King Institute of Preventive Medicine Micro-Biological Section reports 1912-19
Year: 1912
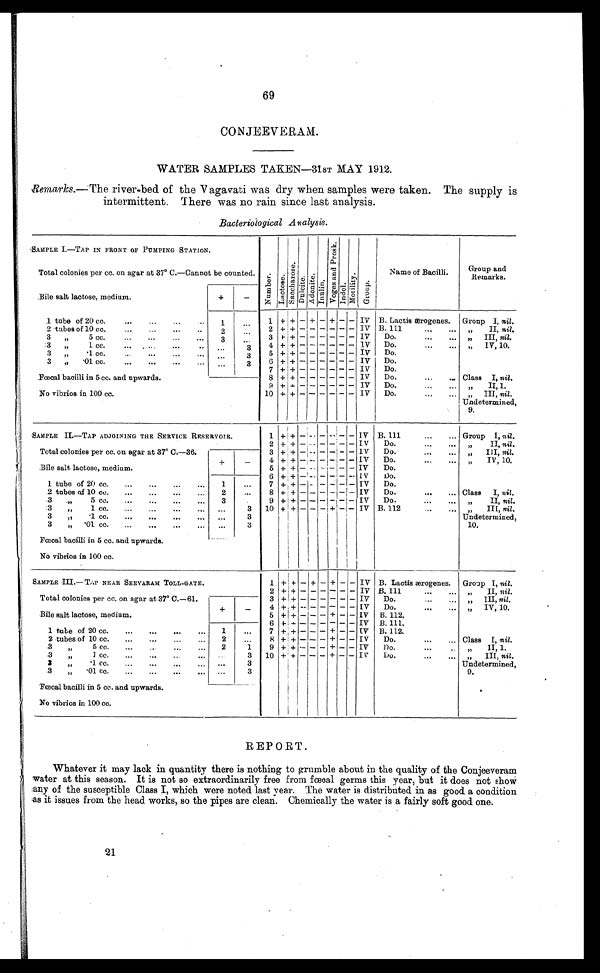
69
CONJEEVERAM.
WATER SAMPLES TAKEN—31sT MAY 1912.
Remarks.— The river-bed of the Vagavati was dry when samples were taken. The supply is
intermittent. There was no rain since last analysis.
Bacteriological Analysis.
SAMPLE I.—TAP IN FRONT OF PUMPING STATION.
Nu mb e r .
Lact ose. S a c c h a r o s e .
D u l c i t e .
A d o n i t e .
I nul i n.
V o g e s a n d P r o s k .
Indol.
Mo t i l i t y .
Group.
Name of Bacilli.
Group and
Remarks.
Total colonies per cc. on agar at 37° C.—Cannot be counted.
Bile salt lactose, medium.
+
-
1 + + - + - + - - IV B. Lactis ærogenes.
Group I, nil.
1 tube of 20 cc.
...
...
1
...
2 + + - - - - - - IV B. 111
...
... ,,
II, nil.
2 tubes of 10 cc
2
...
3 + + - - - - - - IV
Do.
III, nil.
3
,,
5 cc..
3
...
3
,, 1 cc.
...
..
...
3
4 + + - - - - - - IV
Do.
...
... „ IV, 10.
3
.1 cc.
...
...
... ...
3
5 +
+
- - - - - - IV
Do.
3
,,
.01 cc. .. .. ... ...
. . .
3
6 +
+
- - - - - - IV
Do.
7 + + - - - - - - IV
Do.
Fœcal bacilli in 5 cc. and upwards.
8 + + - - - - - - IV
Do.
..
.. Class I, nil .
9 + + - - - - - - IV
Do.
II, 1.
No vibrios in 100 cc.
10 + + - - - - - - IV
Do.
III, nil.
Undetermined,
9.
SAMPLE II.—TAP ADJOINING THE SERVICE RESERVOIR.
1 + + -
- - - - - IV B. 111
...
... Group I, nil.
2 + + - - - - - - IV
Do.
II, nil.
Total colonies per cc. on agar at 37° C.—36.
3
+ + - - - - - - IV
Do.
...
... „
III, nil.
4 + + - - - - - - IV
Do.
...
... „
IV, 10.
Bile salt lactose, medium.
+
-
5 + + - - - - - - IV
Do.
6 + + - - -
-
- - IV
D o .
1 tube of 20 cc.
...
...
...
..
1
...
7 + + - - - - - - IV
Do.
2 tubes of 10 cc.
..
...
...
...
2
...
8 + + - - - - - - IV
Do.
...
... Class I, nil.
3
.”
5 cc.
,..
...
...
3 .
9 + +
- - - -
- - IV
Do.
II, nil.
10 + + - - - + - - IV B. 112
... „
III, nil.
Undetermined,
10.
3
,,
.1 cc.
. 3
3
,,
.1 cc. ... ... ... ...
...
3
3
„ .01 cc. ... ... ...
...
3
Fœcal bacilli in 5 cc. and upwards.
No vibrios in 100 cc.
SAMPLE III.—TAP NEAR SEEVARAM TOLL-GATE.
1 + + - + - + - - IV B. Lactis ærogenes. Group I, nil.
2 + + - - - - - - IV B. 111
II, nil .
Total colonies per cc. on agar at 37° C.—61
3 + + - - - - - - IV
Do.
III, nil.
Bile salt lactose, medium.
+
-
4 +
+
- - - - - - IV
Do.
IV, 10.
5 + + - - - + - - IV B. 112.
6 + + - - - - - - IV B. 111.
1 tube of 20 cc.
...
...
..
..
1
...
7 + + - - - + - - IV B. 112.
2 tubes of 10 cc.
...
...
2
...
8 + + - - - + - - IV
Do.
...
... Class I, nil.
3,,
5 cc.
...
..
2
1
9 + + - - - + - - IV
Do,
,,
„
II, 1.
3
,,
1 cc.
...
... ...
3
10 + + - - - + - - IV
Do. ... ...
„
III, nil.
Undetermined,
9.
3 ,, .1 cc.
...
3
3
„
.01 cc. .. ... ... ...
...
3
Fœcal bacilli in 5 cc. and upwards.
No vibrios in 100 cc.
REPORT.
Whatever it may lack in quantity there is nothing to grumble about in the quality of the Conjeeveram
water at this season. It is not so extraordinarily free from fœcal germs this year, but it does not show
any of the susceptible Class I, which were noted last year. The water is distributed in as good a condition
as it issues from the head works, so the pipes are clean. Chemically the water is a fairly soft good one.
21